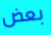
بعض